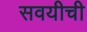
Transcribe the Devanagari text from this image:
सवयीची